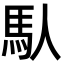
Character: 𩡮